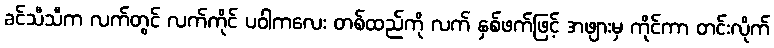
ခင်သီသီက လက်တွင် လက်ကိုင် ပဝါကလေး တစ်ထည်ကို လက် နှစ်ဖက်ဖြင့် အဖျားမှ ကိုင်ကာ တင်းလိုက်